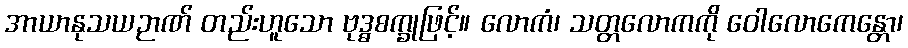
အာယာနုသယဉာဏ် တည်းဟူသော ဗုဒ္ဓစက္ခုဖြင့်။ လောကံ၊ သတ္တလောကကို ဝေါလောကေန္တော၊